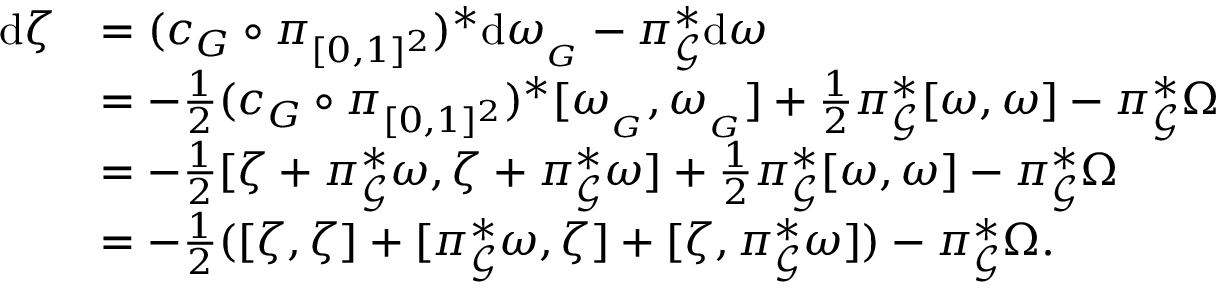
\begin{array} { r l } { \mathrm { d } \zeta } & { = ( c _ { G } \circ \pi _ { [ 0 , 1 ] ^ { 2 } } ) ^ { * } \mathrm { d } \omega _ { _ { G } } - \pi _ { \mathscr { G } } ^ { * } \mathrm { d } \omega } \\ & { = - \frac { 1 } { 2 } ( c _ { G } \circ \pi _ { [ 0 , 1 ] ^ { 2 } } ) ^ { * } [ \omega _ { _ { G } } , \omega _ { _ { G } } ] + \frac { 1 } { 2 } \pi _ { \mathscr { G } } ^ { * } [ \omega , \omega ] - \pi _ { \mathscr { G } } ^ { * } \Omega } \\ & { = - \frac { 1 } { 2 } [ \zeta + \pi _ { \mathscr { G } } ^ { * } \omega , \zeta + \pi _ { \mathscr { G } } ^ { * } \omega ] + \frac { 1 } { 2 } \pi _ { \mathscr { G } } ^ { * } [ \omega , \omega ] - \pi _ { \mathscr { G } } ^ { * } \Omega } \\ & { = - \frac { 1 } { 2 } ( [ \zeta , \zeta ] + [ \pi _ { \mathscr { G } } ^ { * } \omega , \zeta ] + [ \zeta , \pi _ { \mathscr { G } } ^ { * } \omega ] ) - \pi _ { \mathscr { G } } ^ { * } \Omega . } \end{array}